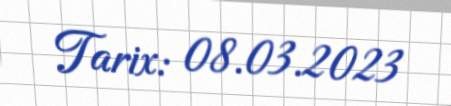
Tarix: 08.03.2023